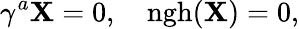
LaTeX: \gamma^{a}\mathbf{X}=0,\quad\mathrm{{ngh}}(\mathbf{X})=0,